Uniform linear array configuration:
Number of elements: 64
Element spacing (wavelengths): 0.75
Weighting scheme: blackman
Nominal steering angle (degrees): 30
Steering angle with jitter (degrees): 29.575
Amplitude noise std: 0.05
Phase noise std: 0.05

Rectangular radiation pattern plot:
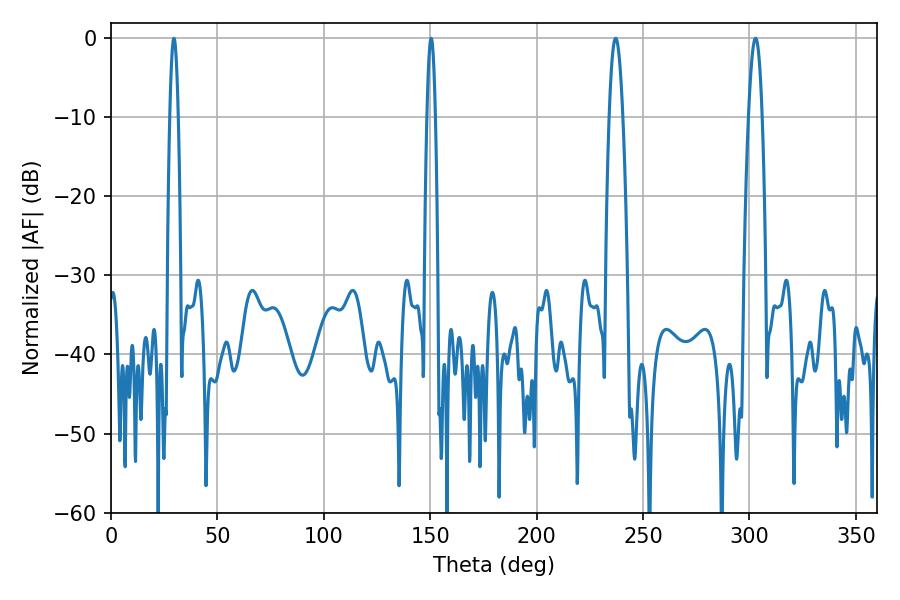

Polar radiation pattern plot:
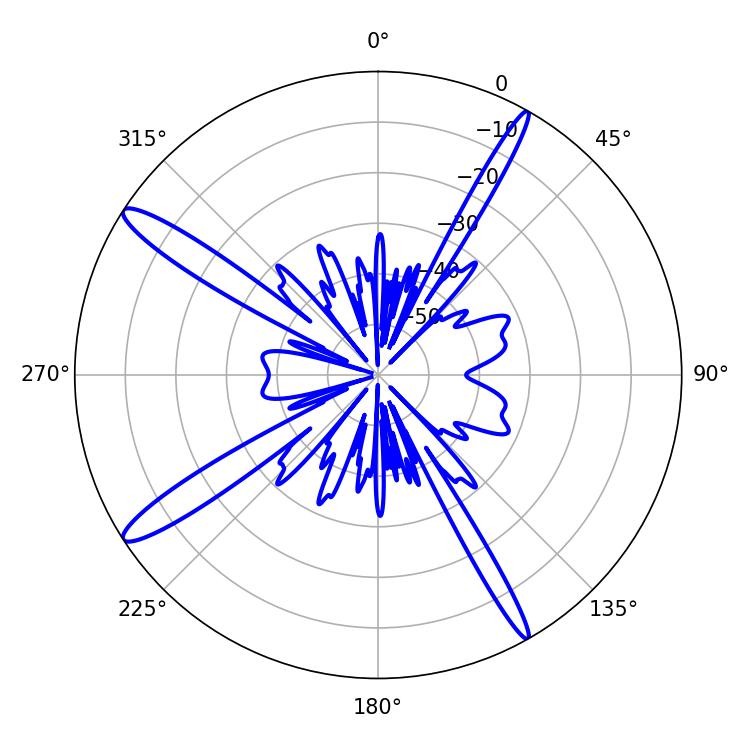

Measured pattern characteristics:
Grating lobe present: TRUE
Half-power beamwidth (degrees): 3.42
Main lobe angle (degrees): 237.06